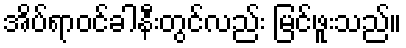
အိပ်ရာဝင်ခါနီးတွင်လည်း မြင်ဖူးသည်။